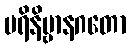
ပရိနိဗ္ဗာနဂတော